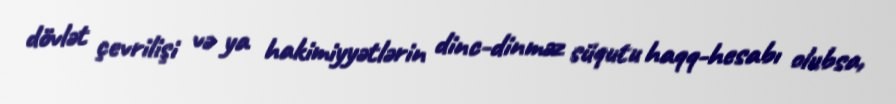
dövlət çevrilişi və ya hakimiyyətlərin dinc-dinməz süqutu haqq-hesabı olubsa,